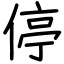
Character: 停